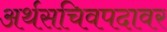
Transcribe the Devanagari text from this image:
अर्थसचिवपदावर